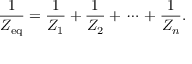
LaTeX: { \frac { 1 } { Z _ { \mathrm { e q } } } } = { \frac { 1 } { Z _ { 1 } } } + { \frac { 1 } { Z _ { 2 } } } + \, \cdots \, + { \frac { 1 } { Z _ { n } } } .